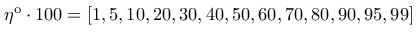
\eta ^ { \mathrm { o } } \cdot 1 0 0 = [ 1 , 5 , 1 0 , 2 0 , 3 0 , 4 0 , 5 0 , 6 0 , 7 0 , 8 0 , 9 0 , 9 5 , 9 9 ]